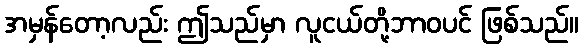
အမှန်တော့လည်း ဤသည်မှာ လူငယ်တို့ဘာဝပင် ဖြစ်သည်။